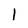
Character: 1